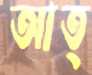
আত্